system: You are a helpful assistant.
user:
Analyze the provided spectrum to determine if it is a **M-type Giant (gM)**.

A M-type Giant spectrum is defined by its **strong molecular absorption** features, particularly from **Titanium Oxide (TiO)**. You must check for one of the following mutually exclusive signatures:

- **Key Visual Indicators (Absorption-Dominated Spectrum):**

    - **(Primary):** The spectrum is dominated by strong molecular absorption from **Titanium Oxide (TiO)**. This is the **defining feature** of its M-type temperature class.
        - **(Key Bandheads):** Look for sharp, "saw-tooth" absorption valleys. The strongest are located near **~7050 Å**, **~6160 Å**, and **~5170 Å**.
        - **(Line Profile):** The "saw-tooth" morphology is critical: a **sharp, steep drop on the BLUE (short-wavelength) side** of the bandhead, followed by a gradual recovery (rising flux) towards the RED (long-wavelength) side.

    - **(Key Confirmation - Giant vs. Dwarf):** **ABSENCE** of strong **Calcium Hydride (CaH)** molecular bands. This is the primary diagnostic for *excluding* M-dwarfs.
        - **(Key Region):** The spectrum should lack the strong, broad absorption band seen in dwarfs between **~6800 Å and ~7000 Å**.

    - **(Secondary Confirmation - Giant):** A very strong and broad **Neutral Calcium (Ca I)** atomic absorption line.
        - **(Key Line):** Located at **~4226 Å**. In a giant (gM), this line is significantly deeper and broader than the same line in an M-dwarf (dM) due to low surface gravity.

    - **(Overall Spectrum):**
        - The continuum is **extremely red-sloping** (i.e., flux is very low in the blue and rises dramatically towards the red).
        - The entire spectrum appears "chopped up" by the deep TiO bands.

Think first, call **spectral_visualization_tool** if needed to examine features in detail, then provide your final answer. Your response must adhere to the following strict rules:
1.  **Overall Structure:** Your response must follow the format `<think>...</think> <tool_call>...</tool_call> (if a tool is used) <answer>...</answer>`.
2.  **Tool Usage Constraint:** You may only make **one** tool call per turn.
3.  **Final Answer Format:** In the `<answer>` tag, your conclusion must be inside a `\boxed{}` command (e.g., `\boxed{YES}` or `\boxed{NO}`), followed by your justification.

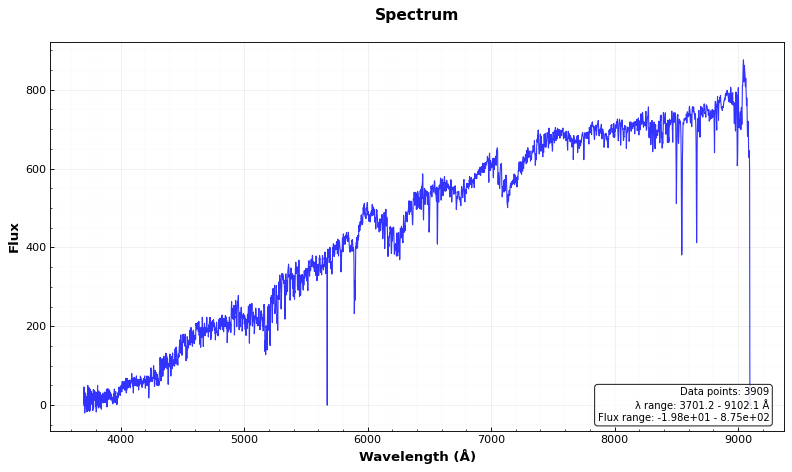
Answer: YES